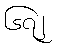
၆၇၂